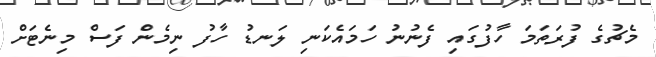
މެޗުގެ ފުރަތަމަ ހާފުގައި ފެނުނު ހަމައެކަނި ލަނޑު ހާފު ނިމެން ފަސް މިނެޓަށް